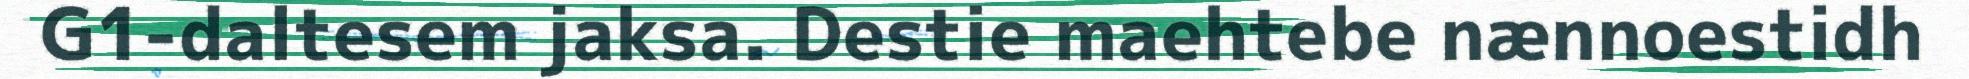
G1-daltesem jaksa. Destie maehtebe nænnoestidh